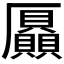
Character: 𠫍